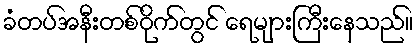
ခံတပ်အနီးတစ်ဝိုက်တွင် ရေများကြီးနေသည်။